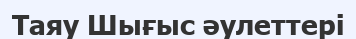
Таяу Шығыс әулеттері